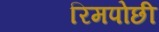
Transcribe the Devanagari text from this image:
रिमपोछी